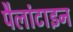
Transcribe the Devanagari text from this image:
पैलांटाइन